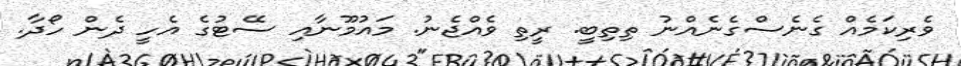
ވެރިކަމެއް ގެނެސްގެނެއްނު ތިތިބީ. ރީތި ވެއްޖެނު. މައުމޫނާއި ސޭޓުގެ އެހީ ދެން ހޯދާ.